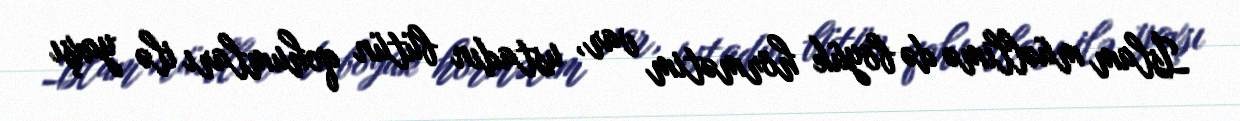
İslam müəllimə də böyük hörmətim var, ustadın bütün qohumları ilə yaxşı